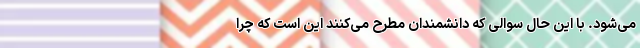
می‌شود. با این حال سوالی که دانشمندان مطرح می‌کنند این است که چرا